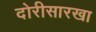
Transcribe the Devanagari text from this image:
दोरीसारखा